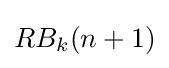
RB_{k}(n+1)